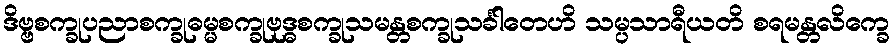
ဒိဗ္ဗစက္ခုပညာစက္ခုဓမ္မစက္ခုဗုဒ္ဓစက္ခုသမန္တစက္ခုသင်္ခါတေဟိ သမ္ပသာရီယတိ စရမန္တလိက္ခေ